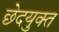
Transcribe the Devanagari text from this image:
छेदयुक्त